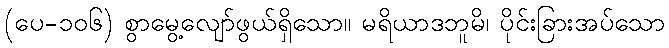
(ပေ-၁၀၆) စွာမွေ့လျော်ဖွယ်ရှိသော။ မရိယာဒဘူမိ၊ ပိုင်းခြားအပ်သော